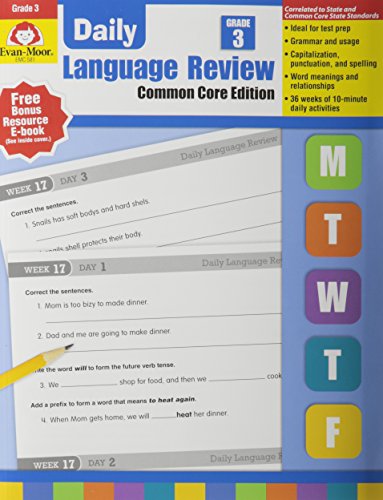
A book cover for Daily Language Review, Grade 3; Evan Moor; Children's Books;